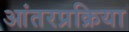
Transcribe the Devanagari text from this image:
आंतरप्रक्रिया